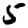
Digit: 5